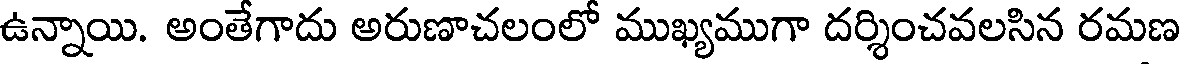
ఉన్నాయి. అంతేగాదు అరుణాచలంలో ముఖ్యముగా దర్శించవలసిన రమణ